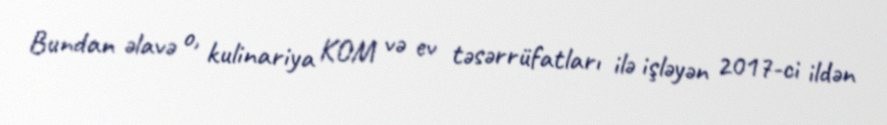
Bundan əlavə o, kulinariya KOM və ev təsərrüfatları ilə işləyən 2017-ci ildən